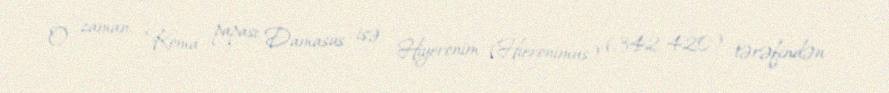
O zaman, Roma papası Damasus isə, Hiyeronim (Hieronimus) (342-420) tərəfindən